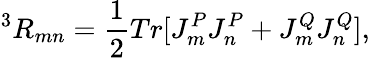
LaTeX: ^3R_{mn}=\frac{1}{2}Tr[J_{m}^{P}J_{n}^{P}+J_{m}^{Q}J_{n}^{Q}],